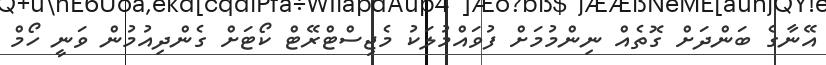
އޭނާގެ ބަންދަށް ގޮތެއް ނިންމުމަށް ފުވައްމުލަކު މެޖިސްޓްރޭޓް ކޯޓަށް ގެންދިއުމުން ވަނީ ހޯމް